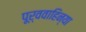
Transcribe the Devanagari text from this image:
पूर्ववाहिन्या